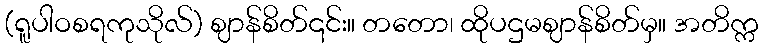
(ရူပါဝစရကုသိုလ်) ဈာန်စိတ်၎င်း။ တတော၊ ထိုပဌမဈာန်စိတ်မှ။ အတိက္က